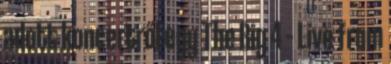
adott koncertről egy The Big 4 – Live from